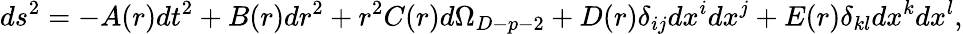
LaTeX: ds^{2}=-A(r)dt^{2}+B(r)dr^{2}+r^{2}C(r)d\Omega_{D-p-2}+D(r)\delta_{ij}dx^{i}dx^{j}+E(r)\delta_{kl}dx^{k}dx^{l},